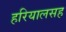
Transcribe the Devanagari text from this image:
हरियालसह